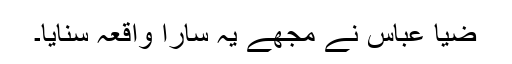
ضیا عباس نے مجھے یہ سارا واقعہ سنایا۔